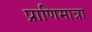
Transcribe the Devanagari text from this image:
प्राणिमात्रा